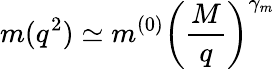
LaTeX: m(q^{2})\simeq m^{(0)}\left(\frac{M}{q}\right)^{\gamma_{m}}